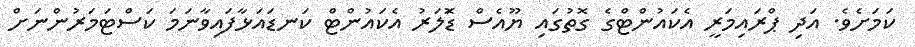
ކަމަށެވެ. އަދި ޕްރައިމަރީ އެކައުންޓްގެ ގޮތުގައި ޔޫއެސް ޑޮަލަރު އެކައުންޓް ކަނޑައަޅާފައިވާނަމަ ކަސްޓަމަރުންނަށް